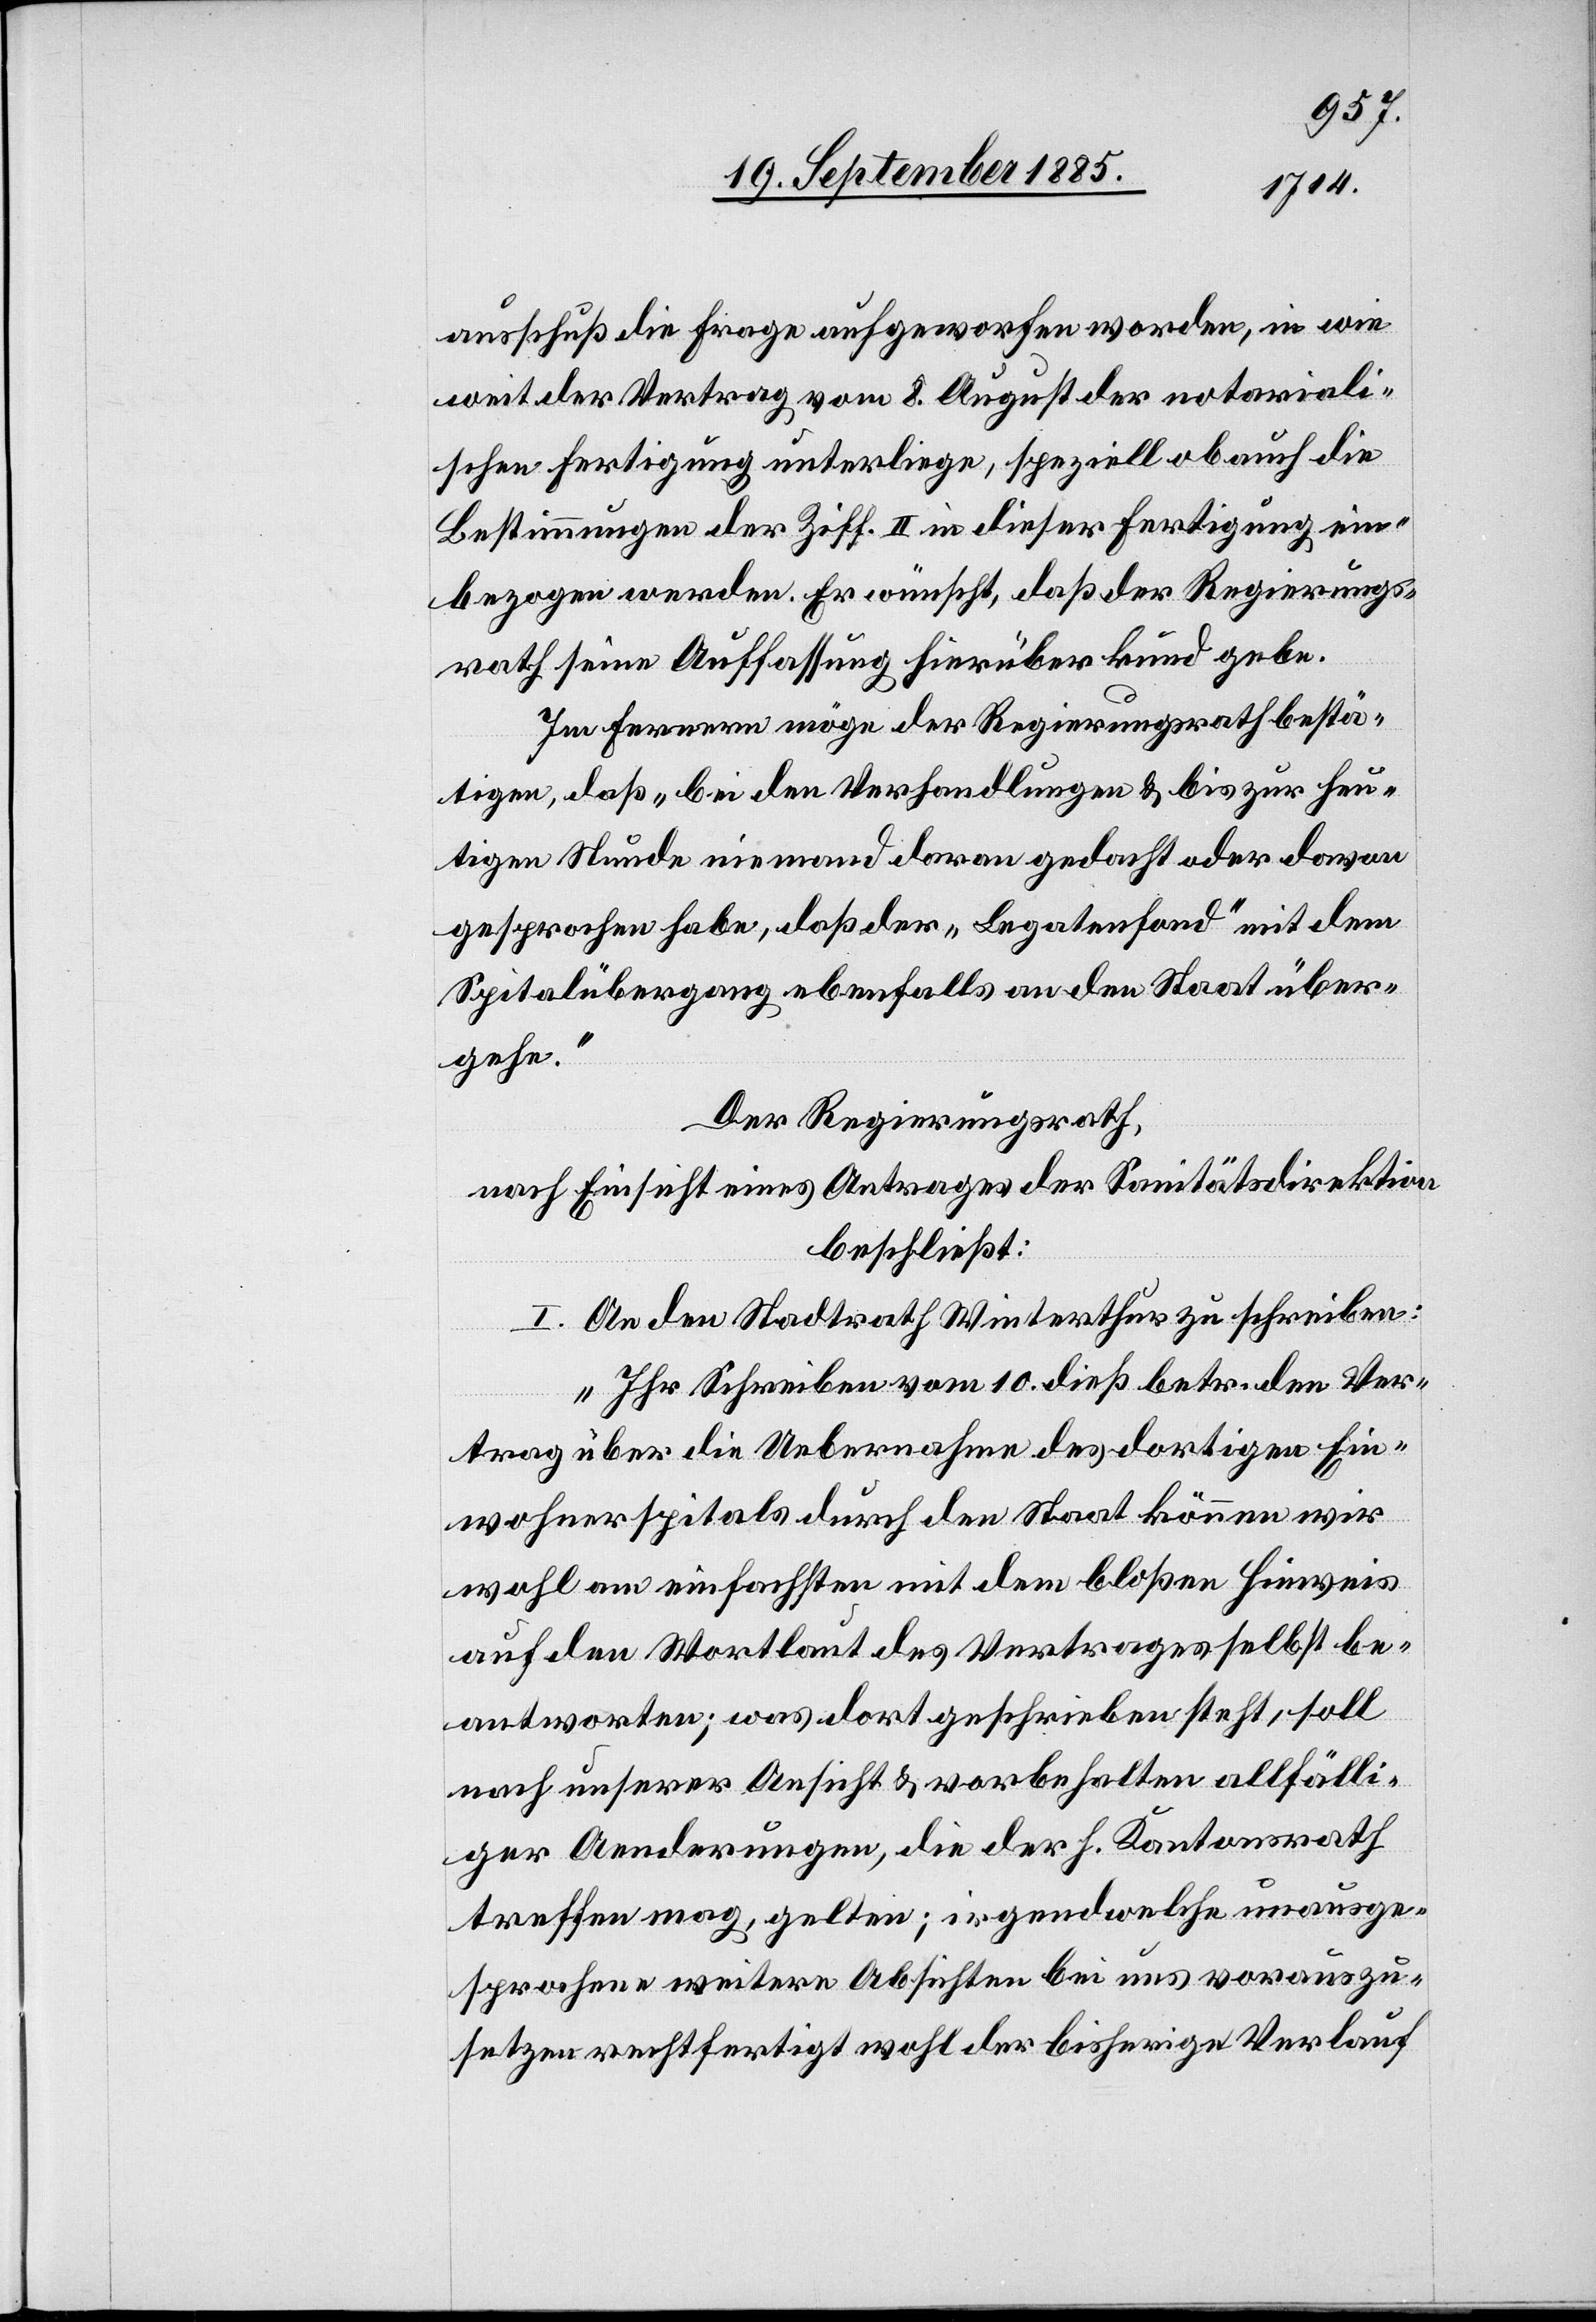
ausschuß die Frage aufgeworfen worden, in wie
weit der Vertrag vom 8. August der notariali¬
schen Fertigung unterliege, speziell ob auch die
Bestimmungen der Ziff. II in dieser Fertigung ein¬
bezogen werden. Er wünscht, daß der Regierungs¬
rath seine Auffassung hierüber kund gebe.
Im Fernern möge der Regierungsrath bestä¬
tigen, daß „bei den Verhandlungen & bis zur heu¬
tigen Stunde niemand daran gedacht oder davon
gesprochen habe, daß der „Legatenfond“ mit dem
Spitalübergang ebenfalls an den Staat über¬
gehe.“
Der Regierungsrath,
nach Einsicht eines Antrages der Sanitätsdirektion
beschließt:
I. An den Stadtrath Winterthur zu schreiben:
„Ihr Schreiben vom 10. dieß betr. den Ver¬
trag über die Uebernahme des dortigen Ein¬
wohnerspitals durch den Staat können wir
wohl am einfachsten mit dem bloßen Hinweis
auf den Wortlaut des Vertrages selbst be¬
antworten; was dort geschrieben steht, soll
nach unserer Ansicht & vorbehalten allfälli¬
ger Aenderungen, die der h. Kantonsrath
treffen mag, gelten; irgendwelche unausge¬
sprochene weitere Absichten bei uns vorauszu¬
setzen rechtfertigt wohl der bisherige Verlauf